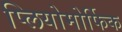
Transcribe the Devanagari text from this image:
प्लियोमोर्फिक